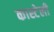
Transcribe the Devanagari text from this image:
कास्टेली